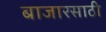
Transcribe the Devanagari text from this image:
बाजारसाठी